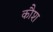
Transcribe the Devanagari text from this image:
कौश